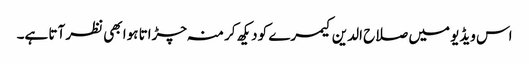
اس ویڈیو میں صلاح الدین کیمرے کو دیکھ کر منہ چڑاتا ہوا بھی نظر آتا ہے۔